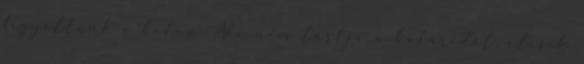
figyeltünk a héten Aki nem tartja a határidőt, elesik